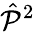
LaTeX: {\hat{\mathcal{P}}}^{2}